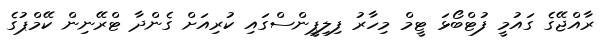
ރާއްޖޭގެ ގައުމީ ފުޓްބޯޅަ ޓީމް މިހާރު ފިލިޕީންސްގައި ކުރިއަށް ގެންދާ ޓްރޭނިން ކޭމްޕުގެ